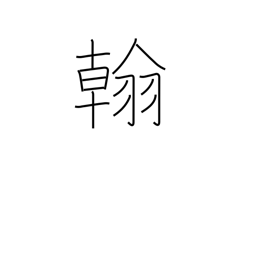
Meaning: letter